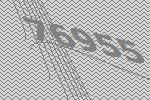
76955